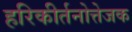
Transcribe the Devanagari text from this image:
हरिकीर्तनोत्तेजक